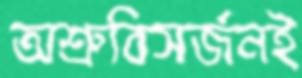
অশ্রুবিসর্জনই